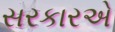
સરકારએ